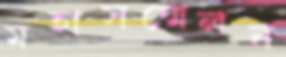
মহাসম্মেলন